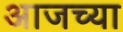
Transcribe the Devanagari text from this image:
अाजच्या